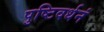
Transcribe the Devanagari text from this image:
पुष्टिवर्धनं